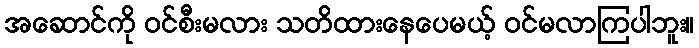
အဆောင်ကို ဝင်စီးမလား သတိထားနေပေမယ့် ဝင်မလာကြပါဘူး။